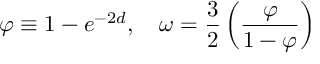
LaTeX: \varphi \equiv 1 - e ^ { - 2 d } , \quad \omega = \frac { 3 } { 2 } \left( \frac { \varphi } { 1 - \varphi } \right)